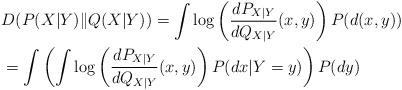
LaTeX: \begin{align*}& D(P(X|Y)\|Q(X|Y)) =\int \log \left(\frac{dP_{X|Y}}{dQ_{X|Y}}(x,y)\right)P(d(x,y)) \\&=\int \left(\int \log \left(\frac{dP_{X|Y}}{dQ_{X|Y}}(x,y)\right)P(dx|Y=y)\right)P(dy)\end{align*}